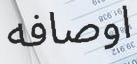
اوصافه